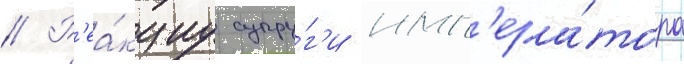
// Р'еа́кциу супру́г'и имп'ера́тора